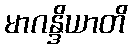
မာဂန္ဒိယာတိ